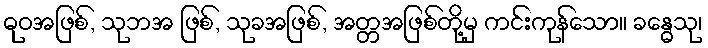
ဓုဝအဖြစ်, သုဘအ ဖြစ်, သုခအဖြစ်, အတ္တအဖြစ်တို့မှ ကင်းကုန်သော။ ခန္ဓေသု၊